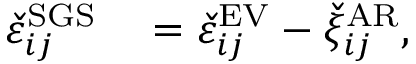
\begin{array} { r l } { \check { \varepsilon } _ { i j } ^ { \mathrm { S G S } } } & { { } = \check { \varepsilon } _ { i j } ^ { \mathrm { E V } } - \check { \xi } _ { i j } ^ { \mathrm { A R } } , } \end{array}